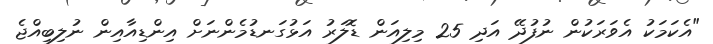
"އެކަމަކު އެވަރަކުން ނުފުދޭ އަދި 25 މިލިއަން ޑޮލަރު އަޅުގަނޑުމެންނަށް އިންޑިއާއިން ނުލިބިއްޖެ